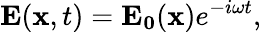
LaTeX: \mathbf{E}(\mathbf{x},t)=\mathbf{E_{0}}(\mathbf{x})e^{-i\omega t},